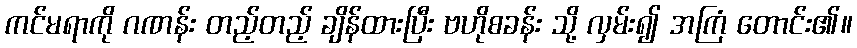
ကင်မရာကို ဂဏန်း တည့်တည့် ချိန်ထားပြီး ဗဟိုစခန်း သို့ လှမ်း၍ အကြံ တောင်း၏။